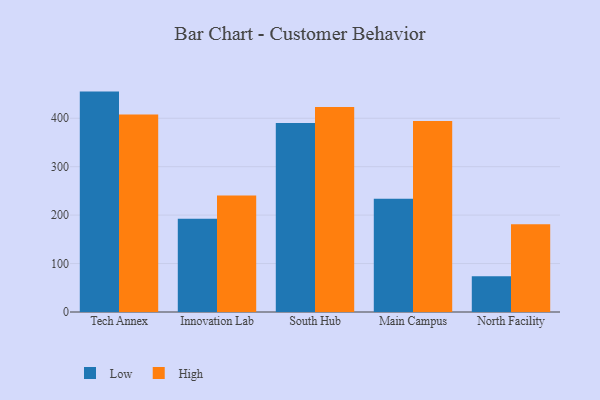
{"axis": {"x": "Campus", "y": "Bounce Rate (%)"}, "legend": ["High", "Low"], "data": [{"x": "Tech Annex", "y": 455.0, "type": "Low"}, {"x": "Tech Annex", "y": 407.5, "type": "High"}, {"x": "Innovation Lab", "y": 192.7, "type": "Low"}, {"x": "Innovation Lab", "y": 240.5, "type": "High"}, {"x": "South Hub", "y": 390.4, "type": "Low"}, {"x": "South Hub", "y": 423.2, "type": "High"}, {"x": "Main Campus", "y": 233.8, "type": "Low"}, {"x": "Main Campus", "y": 394.2, "type": "High"}, {"x": "North Facility", "y": 74.0, "type": "Low"}, {"x": "North Facility", "y": 181.1, "type": "High"}]}